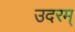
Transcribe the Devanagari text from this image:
उदरम्